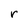
Character: r